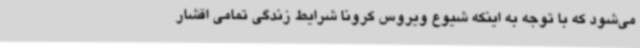
می‌شود که با توجه به اینکه شیوع ویروس کرونا شرایط زندگی تمامی اقشار